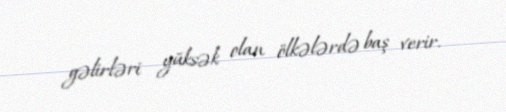
gəlirləri yüksək olan ölkələrdə baş verir.